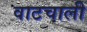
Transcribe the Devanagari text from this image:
वाटचाली